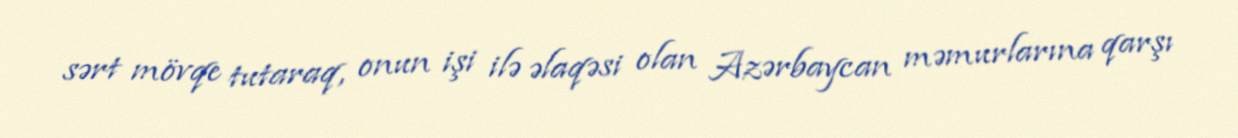
sərt mövqe tutaraq, onun işi ilə əlaqəsi olan Azərbaycan məmurlarına qarşı